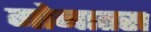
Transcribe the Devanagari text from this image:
गोनातस